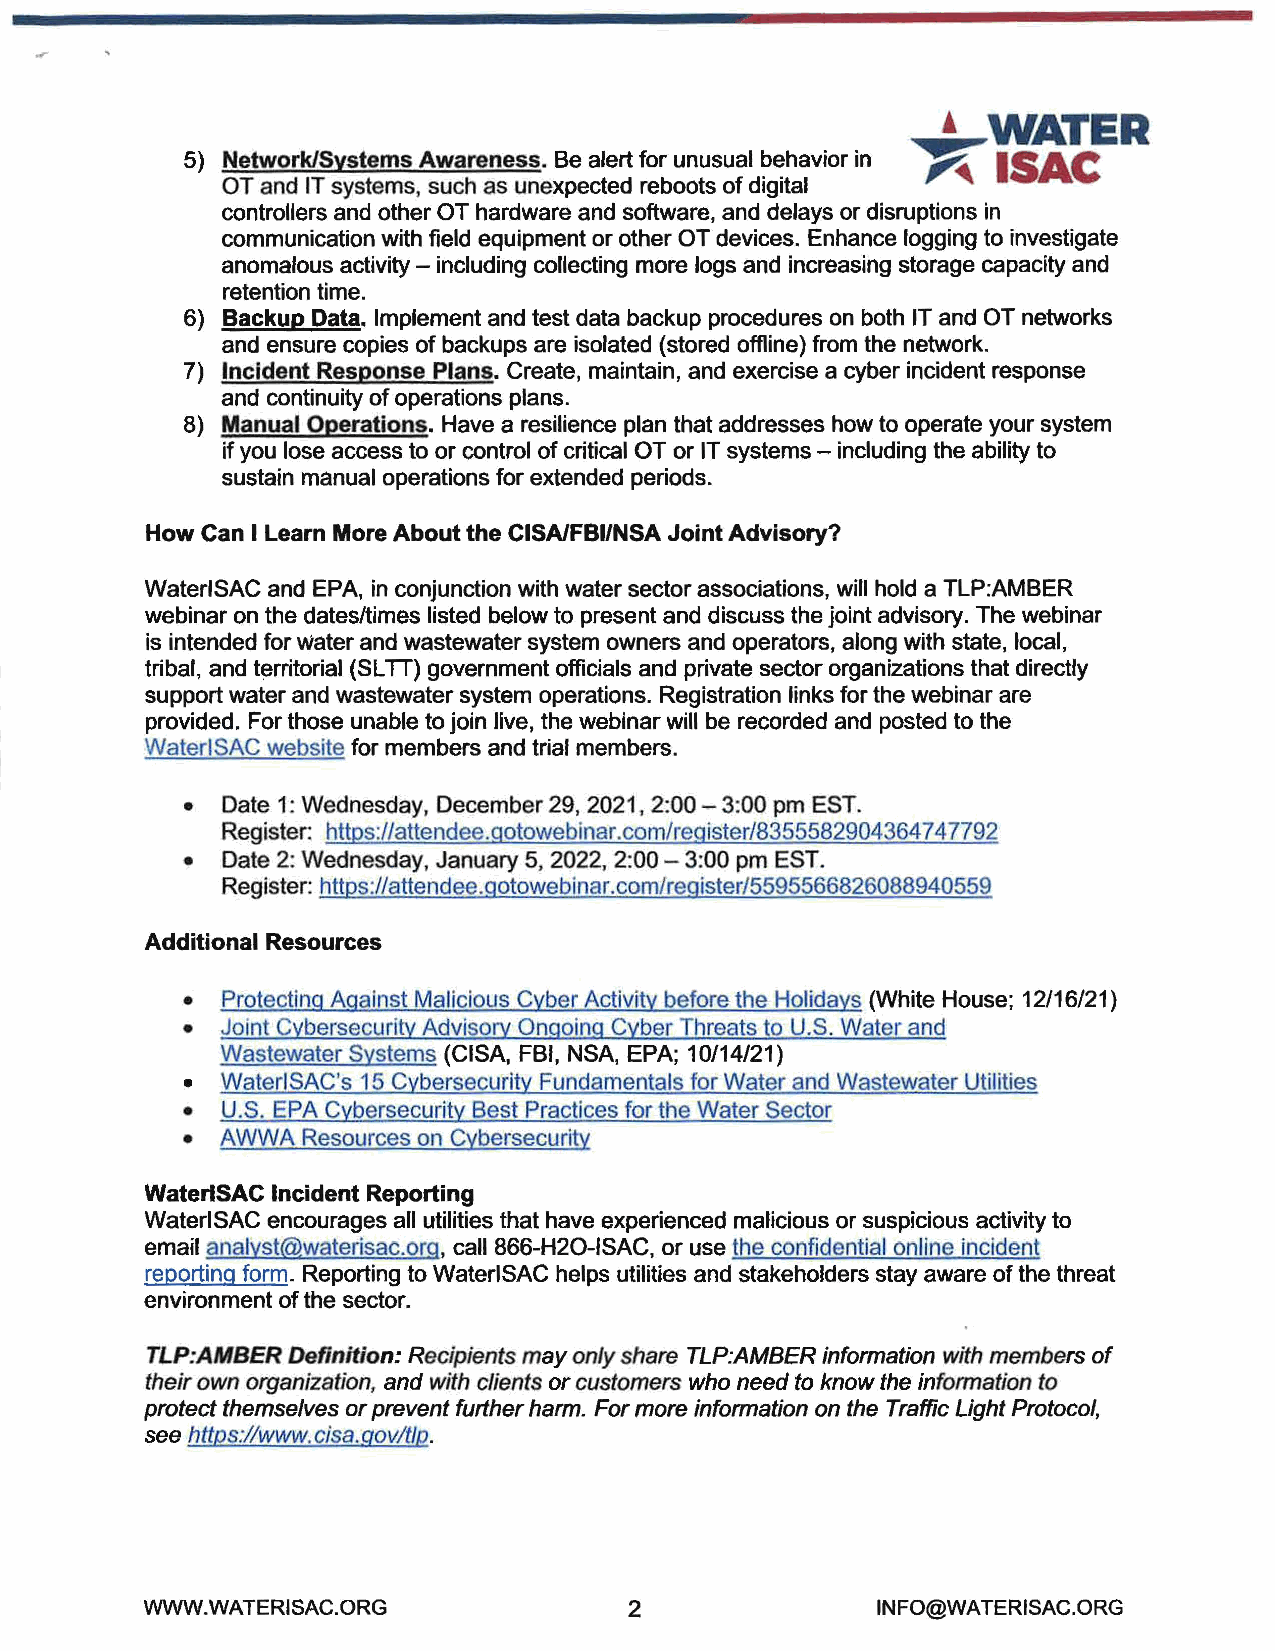
1  WATER
 5) Network/Systems Awareness. Be alert for unusual behavior in ~ ISAC
 OT and IT systems, such as unexpected reboots of digital
 controllers and other OT hardware and software, and delays or disruptions in
 communication with field equipment or other OT devices. Enhance logging to investigate
 anomalous activity - including collecting more logs and increasing storage capacity and
 retention time.
 6) Backup Data. Implement and test data backup procedures on both IT and OT networks
 and ensure copies of backups are isolated (stored offline) from the network.
 7) Incident Response Plans. Create, maintain, and exercise a cyber incident response
 and continuity of operations plans.
 8) Manual Operations. Have a resilience plan that addresses how to operate your system
 if you lose access to or control of critical OT or IT systems - including the ability to
 sustain manual operations for extended periods.
 How Can I Learn More About the CISA/FBl/NSA Joint Advisory?
 WaterlSAC and EPA, in conjunction with water sector associations, will hold a TLP:AMBER
 webinar on the dates/times listed below to present and discuss the joint advisory. The webinar
 is intended for water and wastewater system owners and operators, along with state, local,
 tribal, and territorial (SLT T) government officials and private sector organizations that directly
 support water and wastewater system operations. Registration links for the webinar are
 provided. For those unable to join live, the webinar will be recorded and posted to the
 WaterlSAC website for members and trial members.
 • Date 1: Wednesday, December 29, 2021, 2:00 - 3:00 pm EST.
 Register: https://attendee. gotowebinar.com/register/8355582904364 7 4 7792
 • Date 2: Wednesday, January 5, 2022, 2:00- 3:00 pm EST.
 Register: https://attendee.gotowebinar.com/register/5595566826088940559
 Additional Resources
 • Protecting Against Malicious Cyber Activity before the Holidays (White House; 12/16/21)
 • Joint Cybersecurity Advisory Ongoing Cyber Threats to U.S. Water and
 Wastewater Systems (CISA, FBI, NSA, EPA; 10/14/21)
 • WaterlSAC's 15 Cybersecurity Fundamentals for Water and Wastewater Utilities
 • U.S. EPA Cybersecurity Best Practices for the Water Sector
 • AWWA  Resources on Cybersecurity
 WaterlSAC Incident Reporting
 WaterlSAC encourages all utilities that have experienced malicious or suspicious activity to
 email analyst@waterisac.org, call 866-H20-ISAC, or use the confidential online incident
 reporting form. Reporting to WaterlSAC helps utilities and stakeholders stay aware of the threat
 environment of the sector.
 TLP:AMBER Definition: Recipients may only share TLP:AMBER information with members of
 their own organization, and with clients or customers who need to know the information to
 protect themselves or prevent further harm. For more information on the Traffic Light Protocol,
 see https:l/www.cisa.gov/tlp.
 WWW.WATERISAC.ORG               2                INFO@WATERISAC.ORG